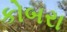
કોબરા